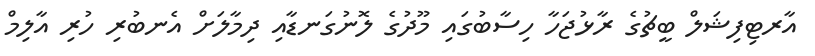
އާރޓިފިޝަލް ބީޗުގެ ރާޅުޖަހާ ހިސާބުގައި މޫދުގެ ލޮނުގަނޑާއި ދިމާލަށް އެނބުރި ހުރި އާލިމް